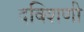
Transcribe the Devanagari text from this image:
दक्शिणी